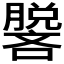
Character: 𰯢